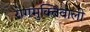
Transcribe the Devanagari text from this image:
रोगमुक्तिवाली